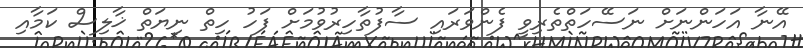
އޭނާ އަހަންނަށް ނަސޭހަތްތެރިވީ ފެންވަރައި ސާފުތާހިރުވުމަށް ފަހު ހިތް ނިޔަތް ޚާލިސް ކަމާއި